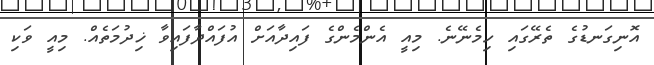
އޮނިގަނޑުގެ ތެރޭގައި ހިމެނޭނެ. މިއީ އެންމެންގެ ފައިދާއަށް އުފައްދާފައިވާ ޚިދުމަތެއް. މިއީ ވަކި